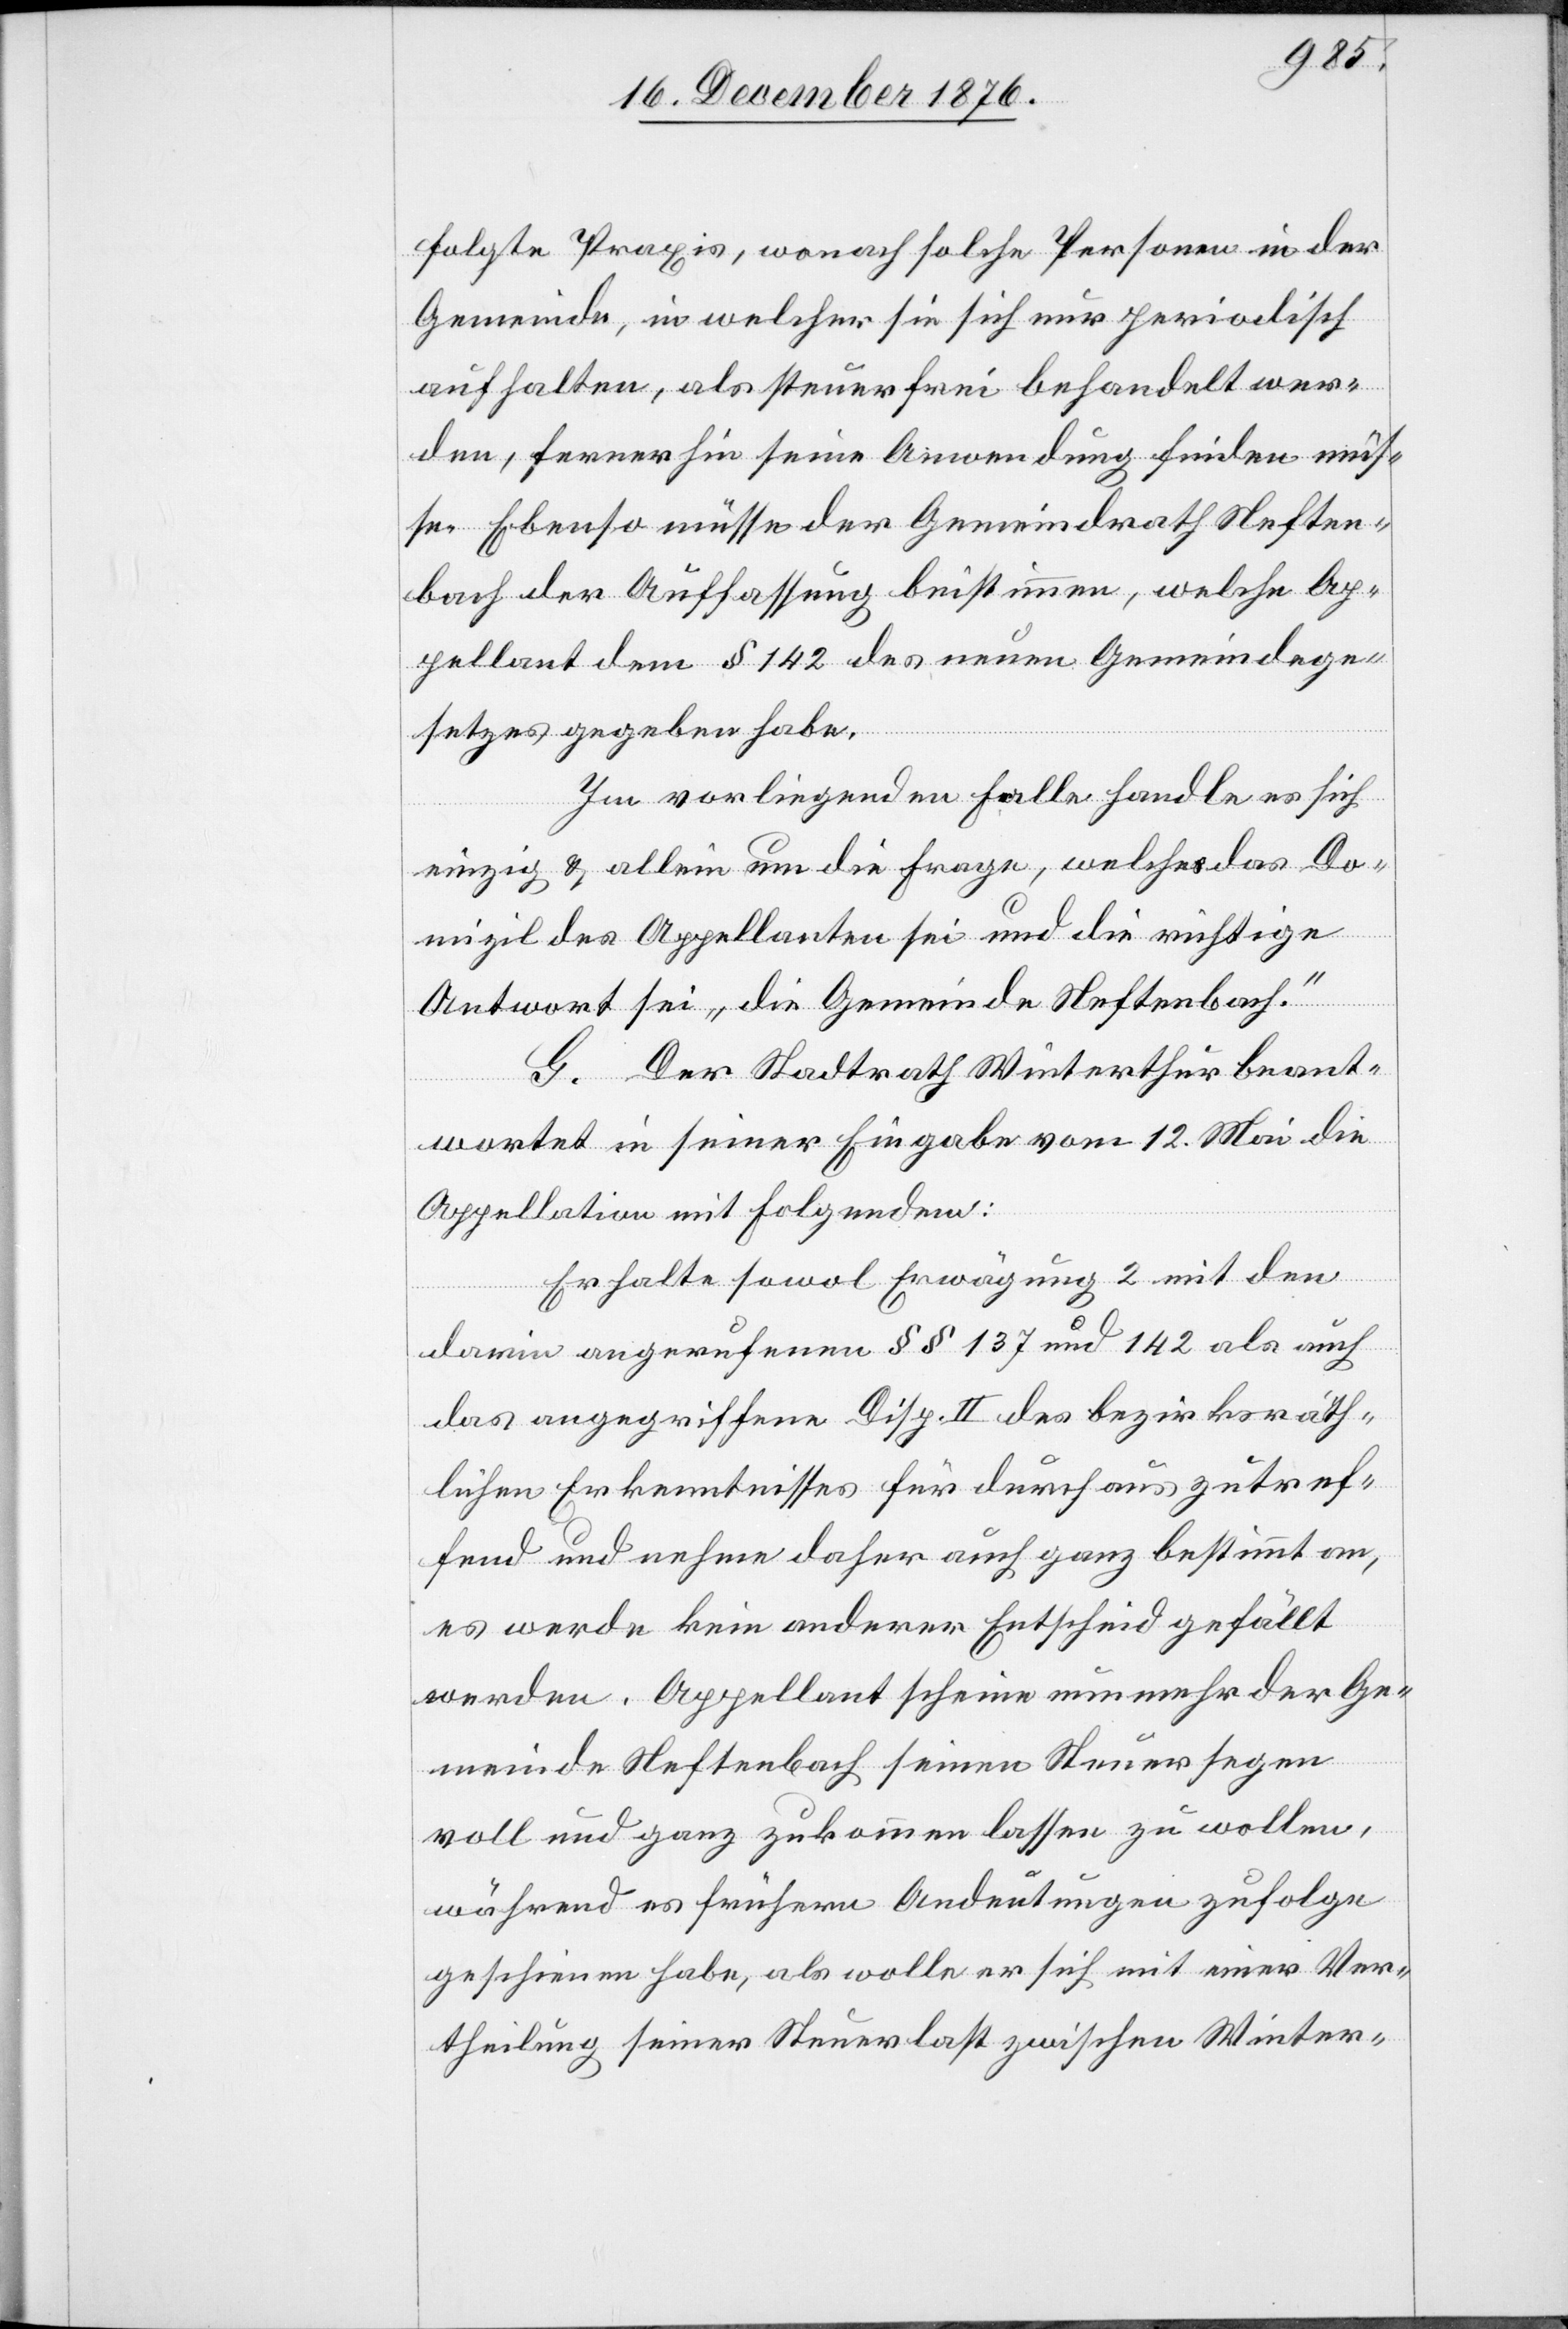
folgte Praxis, wonach solche Personen in der
Gemeinde, in welcher sie sich nur periodisch
aufhalten, als steuerfrei behandelt wer¬
den, fernerhin seine Anwendung finden müs¬
se. Ebenso müsse der Gemeindrath Neften¬
bach der Auffassung beistimmen, welch Ap¬
pellant dem § 142 des neuen Gemeindege¬
setzes gegeben habe.
Im vorliegenden Falle handle es sich
einzig & allein um die Frage, welches das Do¬
mizil des Appellanten sei und die richtige
Antwort sei „die Gemeinde Neftenbach.“
G. Der Stadtrath Winterthur beant¬
wortet in seiner Eingabe vom 12. Mai die
Appellation mit Folgendem:
Er halte sowol Erwägung 2 mit den
darin angerufenen §§ 137 und 142 als auch
das angegriffene Disp. II des bezirksräth¬
lichen Erkenntnisses für durchaus zutref¬
fend und nehme daher auch ganz bestimmt an,
es werde kein anderer Entscheid gefällt
werden. Appellant scheine nunmehr der Ge¬
meinde Neftenbach seinen Steuersegen
voll und ganz zukommen lassen zu wollen,
während es frühern Andeutungen zufolge
geschienen habe, als wolle er sich mit einer Ver¬
theilung seiner Steuerlast zwischen Winter-